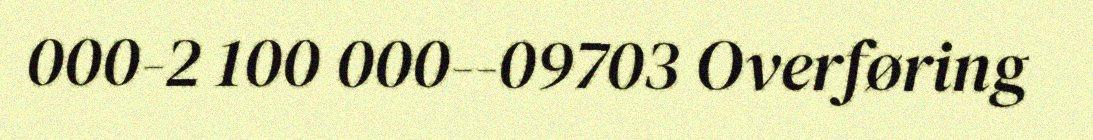
000-2 100 000--09703 Overføring